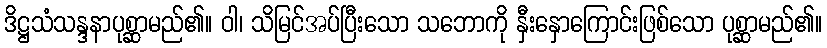
ဒိဋ္ဌသံသန္ဒနာပုစ္ဆာမည်၏။ ဝါ၊ သိမြင်အပ်ပြီးသော သဘောကို နှီးနှောကြောင်းဖြစ်သော ပုစ္ဆာမည်၏။